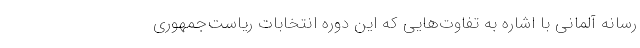
رسانه آلمانی با اشاره به تفاوت‌هایی که این دوره انتخابات ریاست‌جمهوری